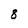
Character: 8